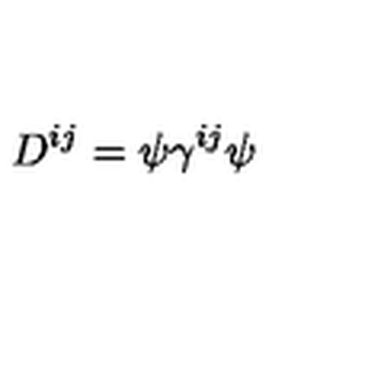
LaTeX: D ^ { i j } = \psi \gamma ^ { i j } \psi